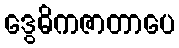
ဒွေဓိကဇာတာပေ